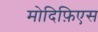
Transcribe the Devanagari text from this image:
मोदिफ़िएस